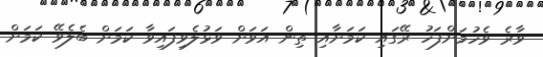
ވާރެ ވެހުމަށްފަހު ރޭގައި ކަމަށާއި ތިން އަވަށް ވަޅުލެވިފައިވާ ކަމަށް ބެލެވޭ ކަމަށް